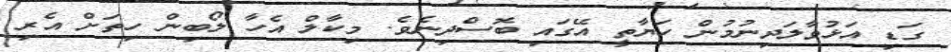
ގަޑި އަޅުވާލަދިނުމުން ހަޔާތީ އޭގައި ބޮސްދިނެވެ. މިކާލް އެހާ ލޯބިން ހިތަށް އެރި